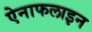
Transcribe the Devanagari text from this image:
ऐनाफलाइन